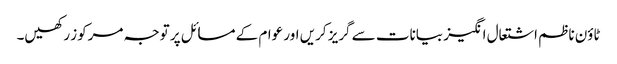
ٹاؤن ناظم اشتعال انگیز بیانات سے گریز کریں اور عوام کے مسائل پر توجہ مرکوز رکھیں۔